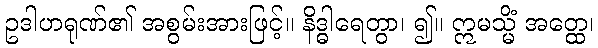
ဥဒါဟရုဏ်၏ အစွမ်းအားဖြင့်။ နိဒ္ဓါရေတွာ၊ ၍။ ဣမသ္မိံ အတ္ထေ၊